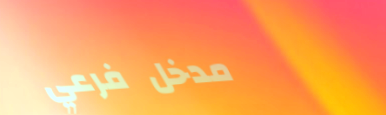
مدخل فرعي